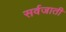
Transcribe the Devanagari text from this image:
सर्वजाती